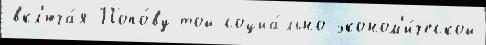
вкл'юча́я Попо́ву той социа́льно-эконом'и́ческой